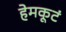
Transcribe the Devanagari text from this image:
हेमकूटं